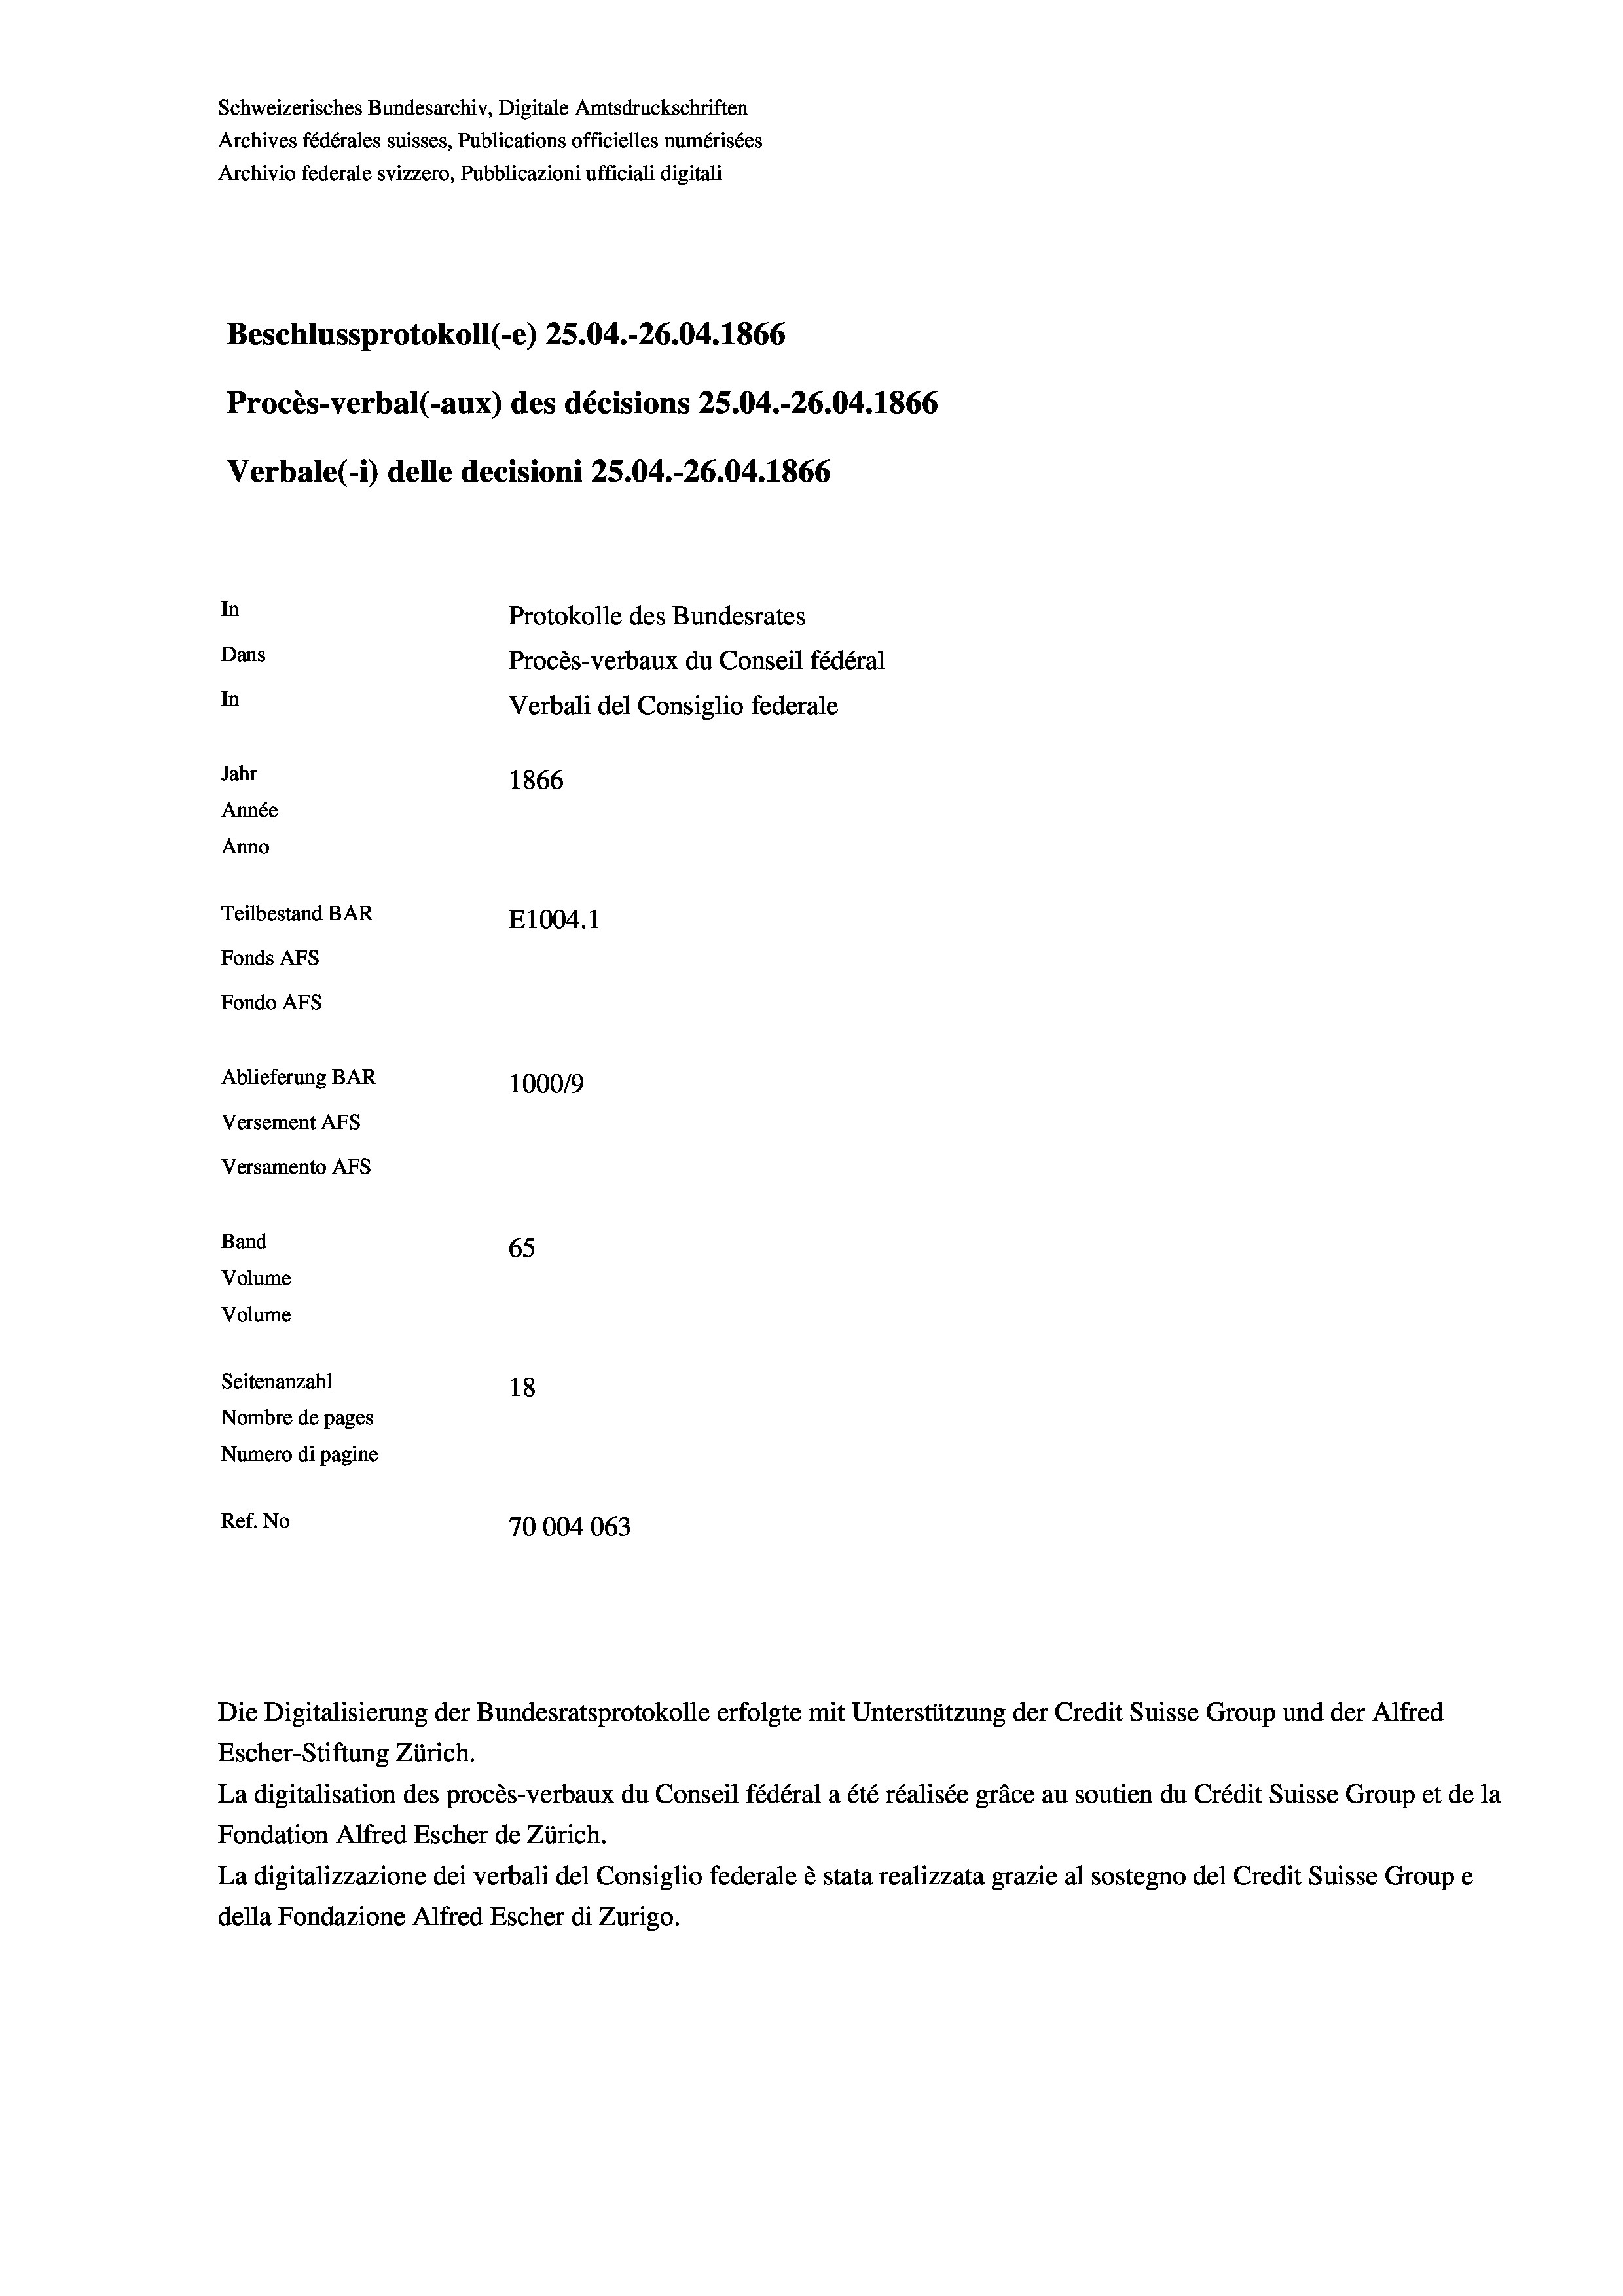
Schweizerisches Bundesarchiv, Digitale Amtsdruckschriften
Archives fédérales suisses, Publications officielles numérisées
Archivio federale svizzero, Pubblicazioni ufficiali digitali
Beschlussprotokoll (-e) 25.04.-26.04. 1866
Procès-verbal (-aux) des décisions 25.04.-26.04. 1866
Verbale (i) delle decisioni 25.04.-26.04. 1866
In
Protokolle des Bundesrates
Dans
Procès-verbaux du Conseil fédéral
In
Verbali del Consiglio federale
Jahr
1866
Année
Anno
Teilbestand BAR
E1004.1
Fonds AFs
Fondo Afs
Ablieferung BAR
100019
Versement Ans
Versamento Afs
Band
65
Volume
Volume

Seitenanzahl
18
Nombre de pages
Numero di pagine
Ref. No
70004063

Escher-Stiftung Zürich.
La digitalisation des procès-verbaux du Conseil fédéral a été réalisée gräce au soutien du Crédit Suisse Group et de la
Fondation Alfred Escher de Zürich.
La digitalizzazione dei verbali del Consiglio federale è stata realizzata grazie al sostegno del Credit Suisse Groupe
della Fondazione Alfred Escher di Zurigo.

Die Digitalisierung der Bundesratsprotokolle erfolgte mit Unterstützung der Credit Suisse Group und der Alfred